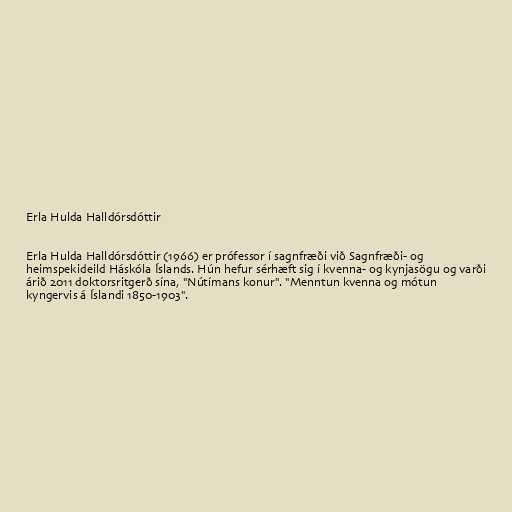
Erla Hulda Halldórsdóttir

Erla Hulda Halldórsdóttir (1966) er prófessor í sagnfræði við Sagnfræði- og
heimspekideild Háskóla Íslands. Hún hefur sérhæft sig í kvenna- og kynjasögu og varði
árið 2011 doktorsritgerð sína, "Nútímans konur". "Menntun kvenna og mótun
kyngervis á Íslandi 1850-1903".